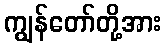
ကျွန်တော်တို့အား